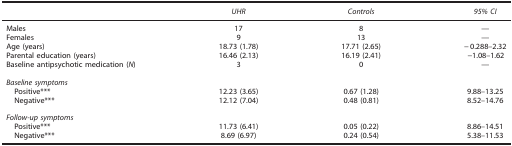
<table><thead><tr><td>[EMPTY_CELL]</td><td><b><i>UHR</i></b></td><td><b><i>Controls</i></b></td><td><b><i>95% CI</i></b></td></tr></thead><tbody><tr><td>Males</td><td>17</td><td>8</td><td>—</td></tr><tr><td>Females</td><td>9</td><td>13</td><td>—</td></tr><tr><td>Age (years)</td><td>18.73 (1.78)</td><td>17.71 (2.65)</td><td>−0.288–2.32</td></tr><tr><td>Parental education (years)</td><td>16.46 (2.13)</td><td>16.19 (2.41)</td><td>−1.08–1.62</td></tr><tr><td>Baseline antipsychotic medication (<i>N</i>)</td><td>3</td><td>0</td><td>—</td></tr><tr><td>[EMPTY_CELL]</td><td>[EMPTY_CELL]</td><td>[EMPTY_CELL]</td><td>[EMPTY_CELL]</td></tr><tr><td colspan="4"><i>Baseline symptoms</i></td></tr><tr><td> Positive***</td><td>12.23 (3.65)</td><td>0.67 (1.28)</td><td>9.88–13.25</td></tr><tr><td> Negative***</td><td>12.12 (7.04)</td><td>0.48 (0.81)</td><td>8.52–14.76</td></tr><tr><td>[EMPTY_CELL]</td><td>[EMPTY_CELL]</td><td>[EMPTY_CELL]</td><td>[EMPTY_CELL]</td></tr><tr><td colspan="4"><i>Follow-up symptoms</i></td></tr><tr><td> Positive***</td><td>11.73 (6.41)</td><td>0.05 (0.22)</td><td>8.86–14.51</td></tr><tr><td> Negative***</td><td>8.69 (6.97)</td><td>0.24 (0.54)</td><td>5.38–11.53</td></tr></tbody></table>